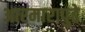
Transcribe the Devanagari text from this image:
आरमारापुढे